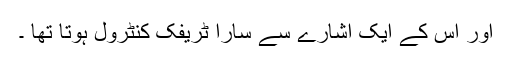
اور اس کے ایک اشارے سے سارا ٹریفک کنٹرول ہوتا تھا ۔